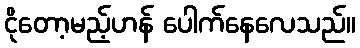
ငိုတော့မည့်ဟန် ပေါက်နေလေသည်။